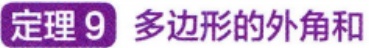
定理 9 多边形的外角和